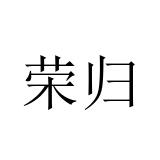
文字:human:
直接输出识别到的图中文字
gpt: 荣归